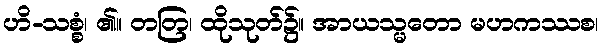
ဟိ-သစ္စံ၊ ၏။ တတြ၊ ထိုသုတ်၌။ အာယသ္မတော မဟကဿစ၊